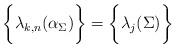
LaTeX: \begin{align*}\bigg\{ \lambda_{k,n}(\alpha_\Sigma) \bigg\} = \bigg\{ \lambda_j(\Sigma) \bigg\}\end{align*}